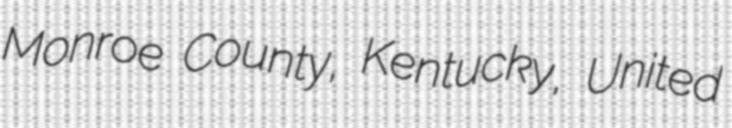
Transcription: Monroe County, Kentucky, United